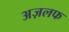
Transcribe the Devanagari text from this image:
अज़लफ